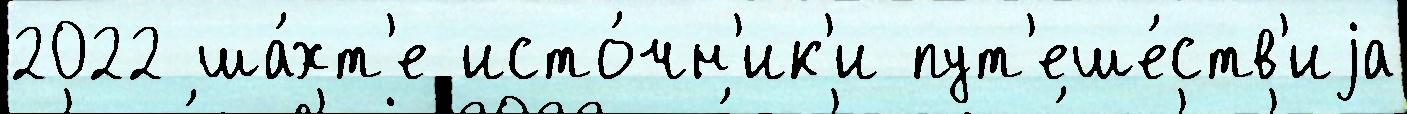
2022 ша́хт'е исто́чн'ик'и пут'еше́ств'иjа